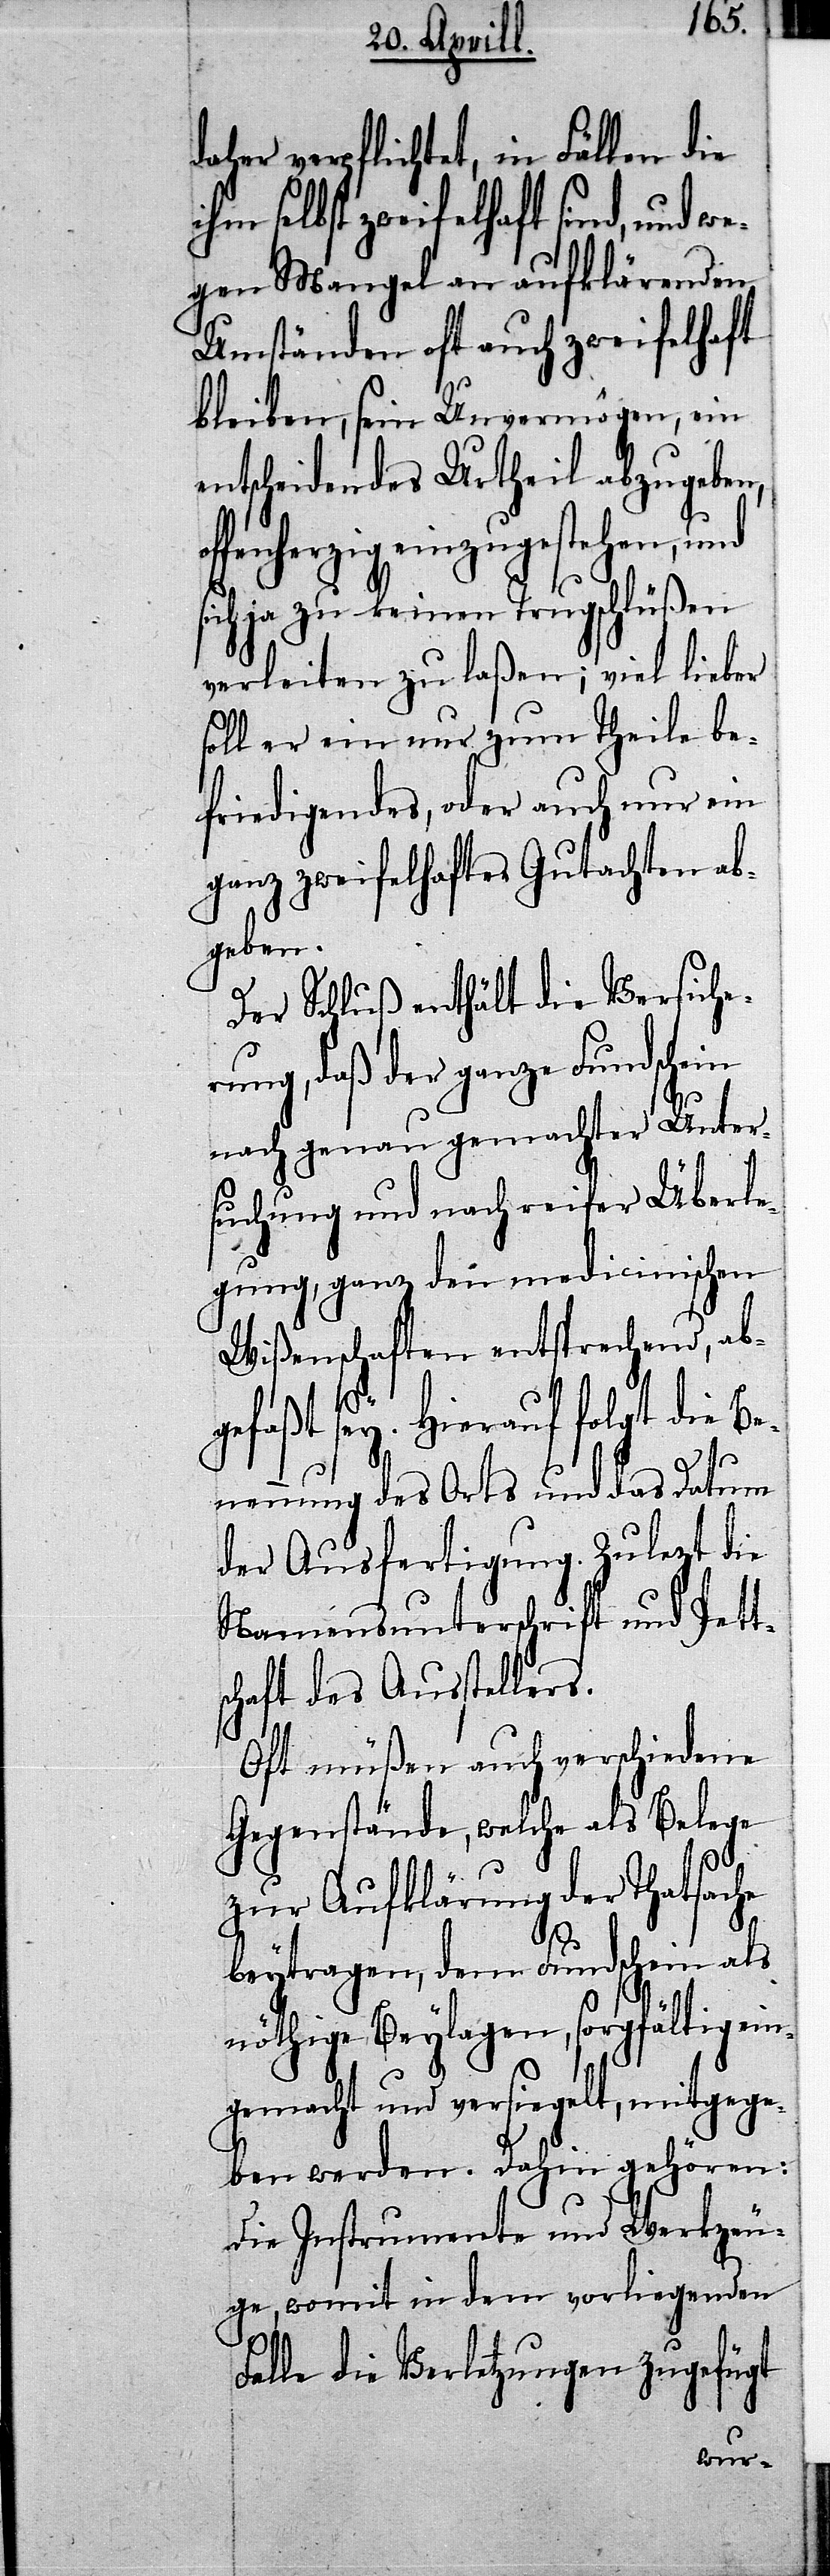
daher verpflichtet, in Fällen die
in dem vorliegenden
egen Mangel an aufklärenden
Umständen oft auch zweifelhaft
bleiben, sein Unvermögen, ein
entscheidendes Urtheil abzugeben,
fenherzig einzugestehen, und
ja zu keinen Trugschlüßen
verleiten zu laßen; viel lieber
soll er ein nur zum Theile be¬
friedigendes, oder auch nur ein
ganz zweifelhaftes Gutachten ab¬
geben.
Der Schluß enthält die Versiche¬
rung, daß der ganze Fundschein
nach genau gemachter Unter¬
suchung und nach reifer Überle¬
gung, ganz den medicinischen
Wißenschaften entsprechend, ab¬
gefaßt sey. Hierauf folgt die B¬
ge,
nennung des Orts und das Datum
der Ausfertigung. Zulezt die
Namensunterschrift und Pett¬
schaft des Ausstellers.
Oft müßen auch verschiedene
Gegenstände, welche als Belege
zur Aufklärung der Thatsache
beytragen, dem Fundschein als
nöthige Beylagen, sorgfältig ein¬
gemacht und versiegelt, mitgege¬
ben werden. Dahin gehören:
Die Instrumente und Werkzeu¬
Falle die Verletzungen zugefügt